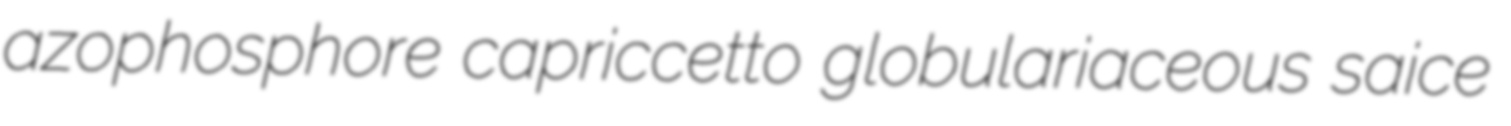
azophosphore capriccetto globulariaceous saice